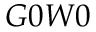
G 0 W 0